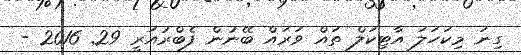
ގިނަ މިކަހަލަ އާޓިކަލް ތަައް ވަރައް ބޭނުން ފެބްރުއަރީ 29